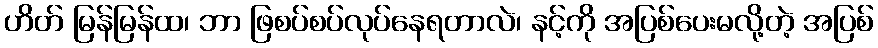
ဟိတ် မြန်မြန်ထ၊ ဘာ ဖြစပ်စပ်လုပ်နေရတာလဲ၊ နင့်ကို အပြစ်ပေးမလို့တဲ့ အပြစ်